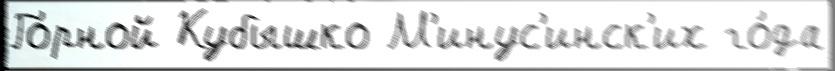
Го́рной Кубышко М'инус'инск'их го́да